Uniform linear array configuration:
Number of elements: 48
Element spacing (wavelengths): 1
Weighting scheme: hamming
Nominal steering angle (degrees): -60
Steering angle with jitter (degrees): -59.193
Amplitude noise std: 0.05
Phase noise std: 0.05

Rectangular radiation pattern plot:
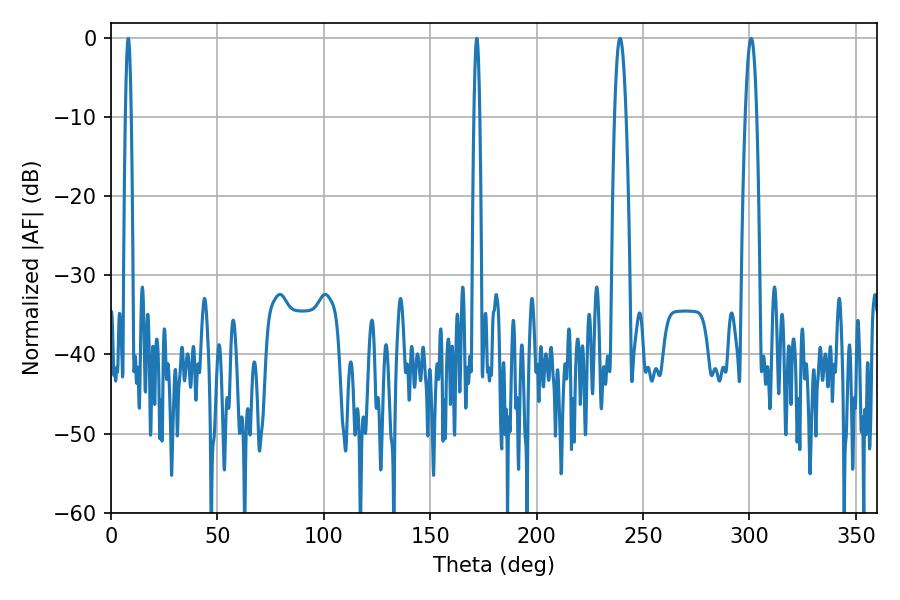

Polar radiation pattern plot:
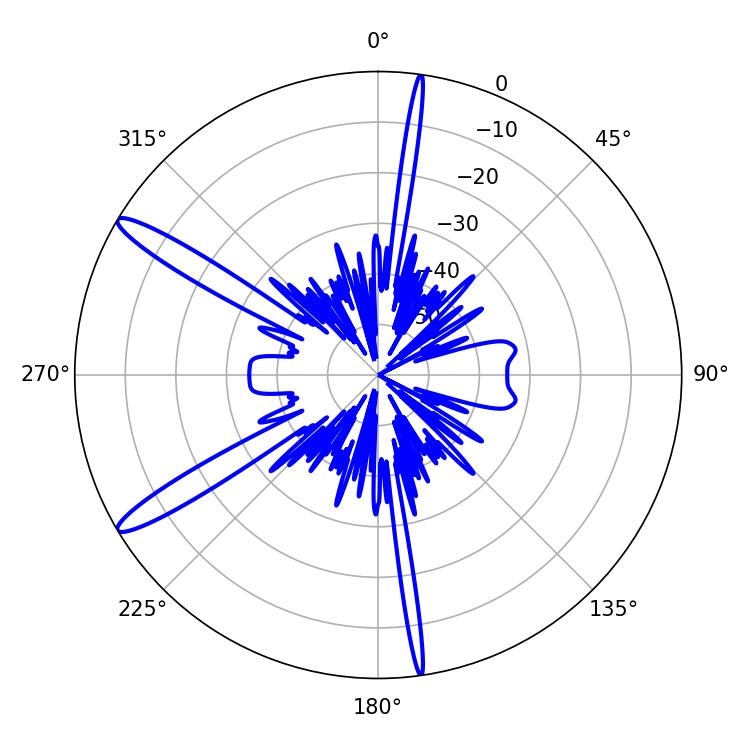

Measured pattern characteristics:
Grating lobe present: TRUE
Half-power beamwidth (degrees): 1.44
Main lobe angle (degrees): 8.1